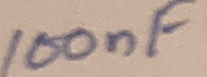
Text: 100nF